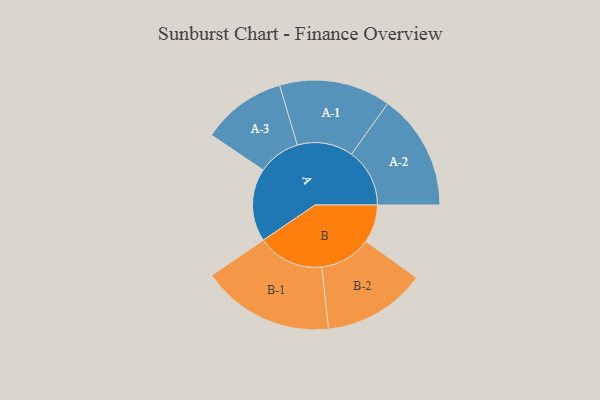
{"axis": {"x": "Segment", "y": "Value"}, "legend": ["", "A", "B"], "data": [{"x": "A", "y": 330, "type": ""}, {"x": "B", "y": 172, "type": ""}, {"x": "A-1", "y": 252, "type": "A"}, {"x": "A-2", "y": 263, "type": "A"}, {"x": "A-3", "y": 191, "type": "A"}, {"x": "B-1", "y": 300, "type": "B"}, {"x": "B-2", "y": 233, "type": "B"}]}